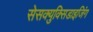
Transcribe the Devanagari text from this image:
सेसक्युक्सिडाइजिंग